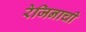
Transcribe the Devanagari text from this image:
रेजिनाची